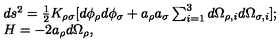
\begin{array} { l c r } { d s ^ { 2 } = { \frac { 1 } { 2 } } K _ { \rho \sigma } [ d \phi _ { \rho } d \phi _ { \sigma } + a _ { \rho } a _ { \sigma } \sum _ { i = 1 } ^ { 3 } d \Omega _ { \rho , i } d \Omega _ { \sigma , i } ] ; } \\ { H = - 2 a _ { \rho } d \Omega _ { \rho } , } \\ \end{array}